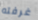
غرفته